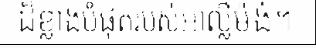
ដ៏ខ្លាងបំផុតរបស់អាល្លឺម៉ង់។